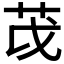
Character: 𫇮